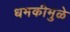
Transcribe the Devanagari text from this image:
धमकीमुळे